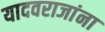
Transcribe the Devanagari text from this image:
यादवराजांना